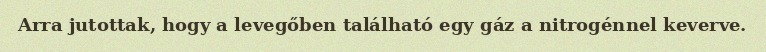
Arra jutottak, hogy a levegőben található egy gáz a nitrogénnel keverve.